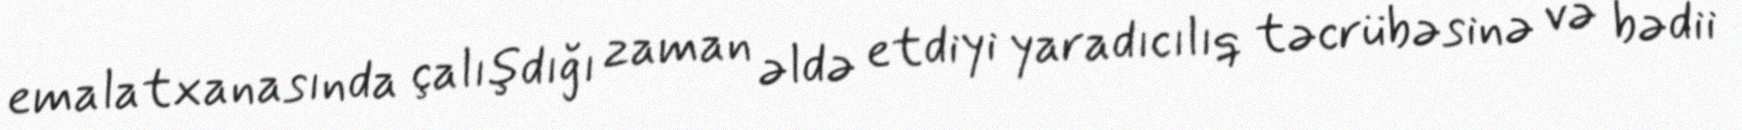
emalatxanasında çalışdığı zaman əldə etdiyi yaradıcılıq təcrübəsinə və bədii